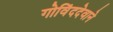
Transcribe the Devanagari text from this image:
गोविंददेवाने